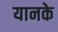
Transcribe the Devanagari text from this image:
यानके